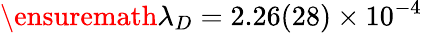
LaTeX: \ensuremath{\lambda}_{D}=2.26(28)\times 10^{-4}